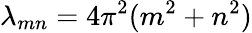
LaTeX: \lambda_{mn}=4\pi^{2}(m^{2}+n^{2})